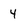
Character: 4